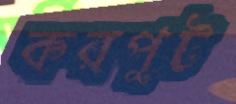
করপুট